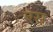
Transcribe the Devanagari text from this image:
एस़